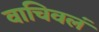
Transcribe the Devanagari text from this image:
वाचिवलं